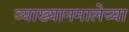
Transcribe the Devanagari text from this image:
व्याख्यानमालेच्या